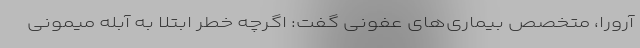
آرورا، متخصص بیماری‌های عفونی گفت: اگرچه خطر ابتلا به آبله میمونی